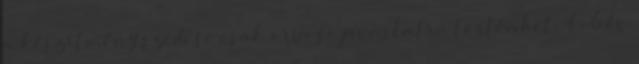
a készítmény szedése csak orvosi javaslatra történhet. 4-6 év